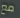
مع